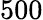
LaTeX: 500